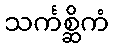
သင်္ကစ္ဆိကံ